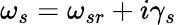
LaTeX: \omega_{s}=\omega_{sr}+i\gamma_{s}